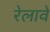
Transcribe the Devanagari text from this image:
रेलावे